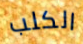
الكلب